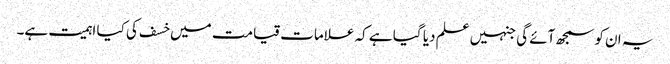
یہ ان کو سمجھ آئے گی جنہیں علم دیا گیا ہے کہ علامات قیامت میں خسف کی کیا اہمیت ہے۔